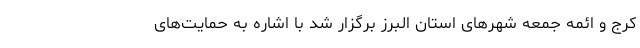
کرج و ائمه جمعه شهرهای استان البرز برگزار شد با اشاره به حمایت‌های